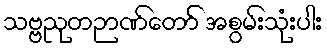
သဗ္ဗညုတဉာဏ်တော် အစွမ်းသုံးပါး